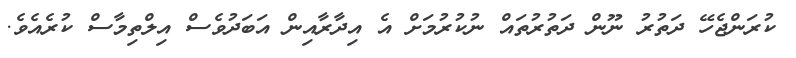
ކުރަންޖެހޭ ދަތުރު ނޫން ދަތުރުތައް ނުކުރުމަށް އެ އިދާރާއިން އަބަދުވެސް އިލްތިމާސް ކުރެއެވެ.